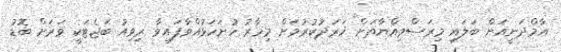
އާމްދަނީއަށް ބަލައި މިރަސްމިއްޔާތަށް ޚަރަދުކުރުމަށް މިހާރު ހުށަހަޅުއްވާފައިވާ ރިވިއު ބަޖެޓަކީ ވަރަށް ބޮޑު